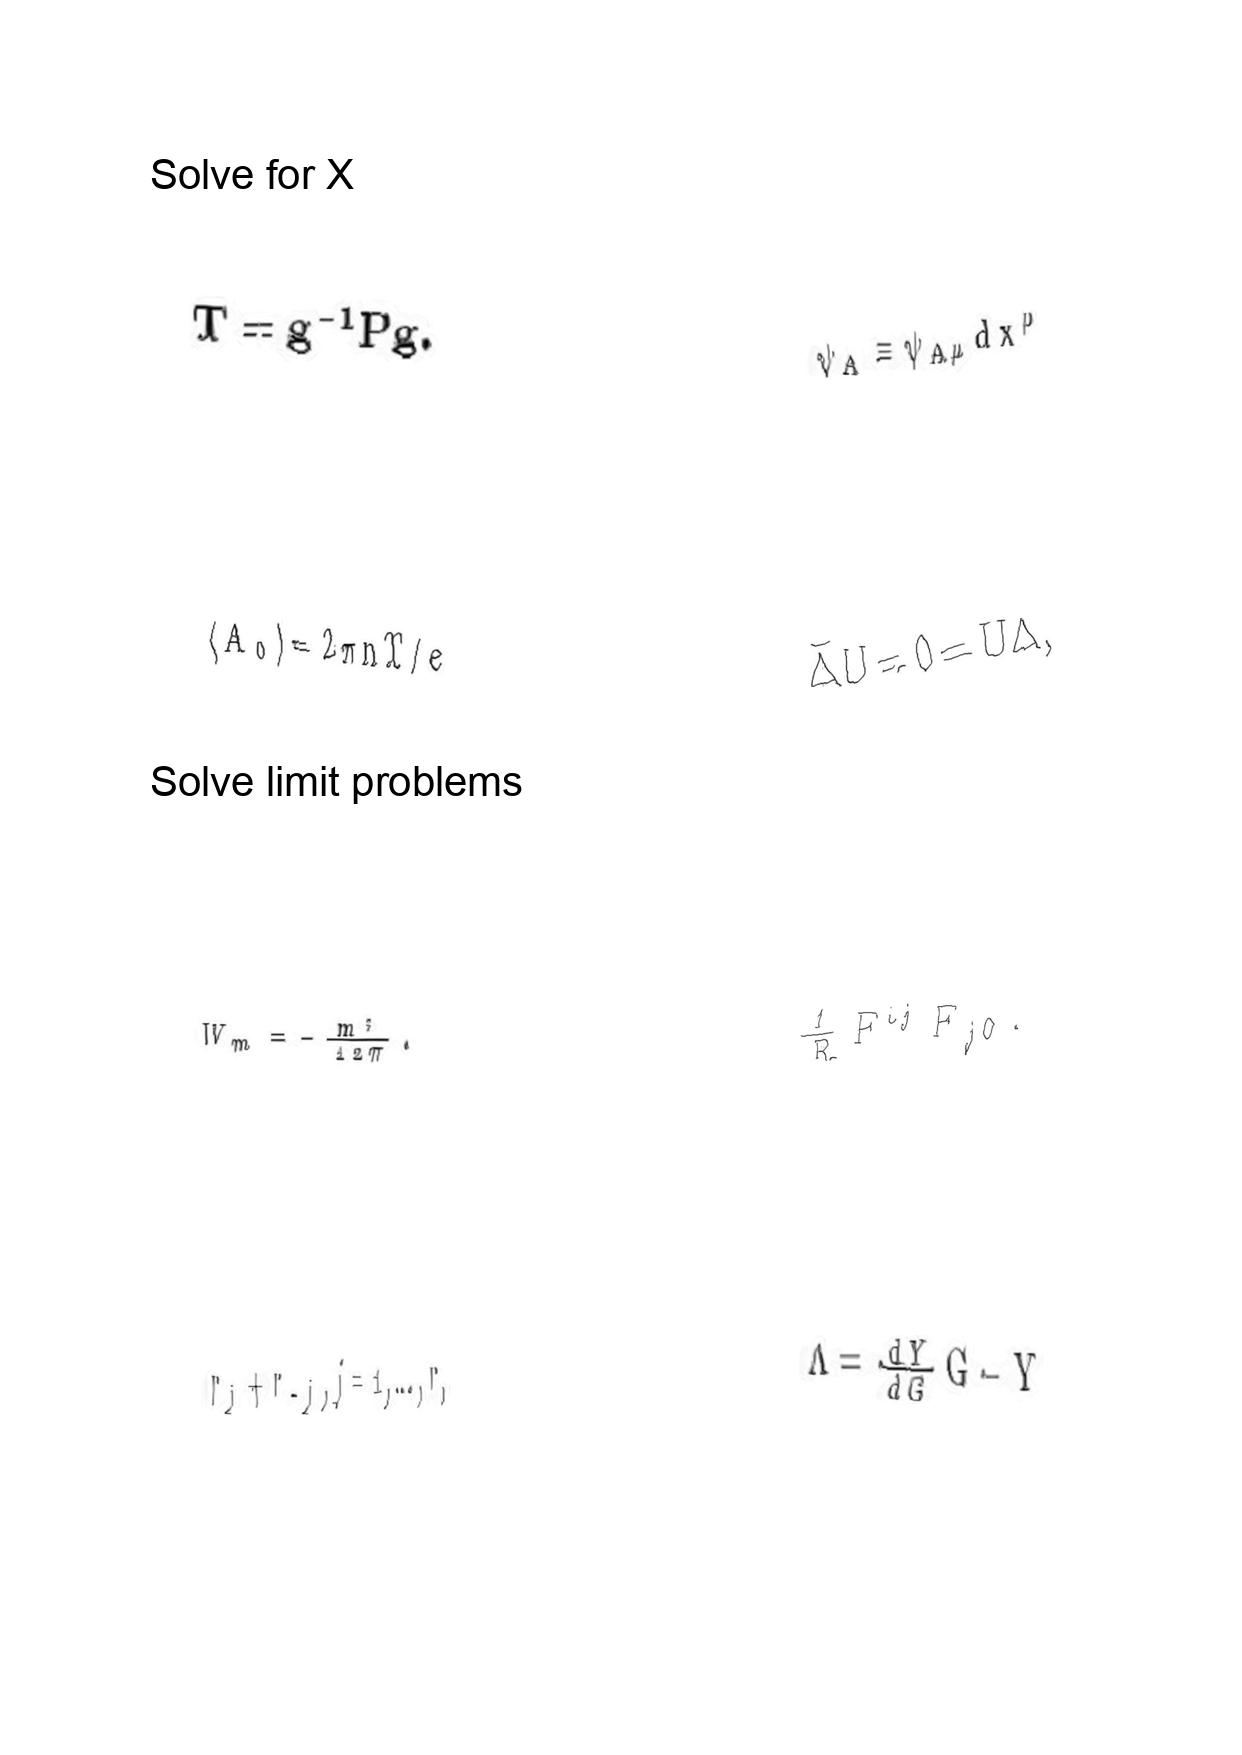
LaTeX transcription:
T = g ^ { - 1 } P g .
\langle A _ { 0 } \rangle = 2 \pi n T / e
W _ { m } = - \frac { m ^ { 3 } } { 1 2 \pi } .
r _ { j } + r _ { - j } , j = 1 , \ldots , r ,
\psi _ { A } \equiv \psi _ { A \mu } d x ^ { \mu }
\bar { \Delta } U = 0 = \bar { U } \Delta ,
\frac { 1 } { R } F ^ { i j } F _ { j 0 } .
\Lambda = \frac { d Y } { d G } G - Y